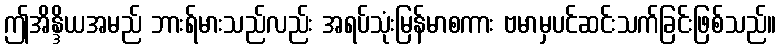
ဤအိန္ဒိယအမည် ဘားရ်မားသည်လည်း အရပ်သုံးမြန်မာစကား ဗမာမှပင်ဆင်းသက်ခြင်းဖြစ်သည်။